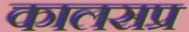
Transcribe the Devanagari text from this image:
कालसप्र